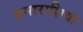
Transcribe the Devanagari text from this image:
जमाराशियां